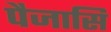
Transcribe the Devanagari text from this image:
पैजासि